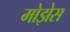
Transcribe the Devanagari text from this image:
मोझेेस